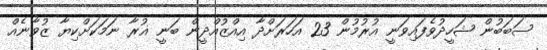
ސަބަބުން ޝަހީދުވެފައިވަނީ އުރުމުން 23 އަހަރަށްދާ އިއްޒުއްދީން ބަނީ ޣުރާ ނަމަކަށްކިޔާ ޒުވާނެއް